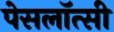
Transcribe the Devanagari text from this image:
पेसलॉत्सी